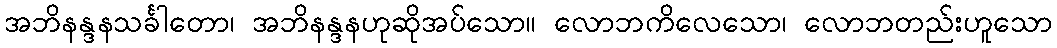
အဘိနန္ဒနသင်္ခါတော၊ အဘိနန္ဒနဟုဆိုအပ်သော။ လောဘကိလေသော၊ လောဘတည်းဟူသော